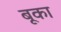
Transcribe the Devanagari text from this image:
बूका